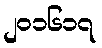
၂၀၁၆၁၇